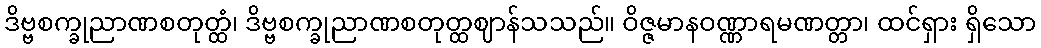
ဒိဗ္ဗစက္ခုညာဏစတုတ္ထံ၊ ဒိဗ္ဗစက္ခုညာဏစတုတ္ထဈာန်သသည်။ ဝိဇ္ဇမာနဝဏ္ဏာရမဏတ္တာ၊ ထင်ရှား ရှိသော